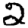
Digit: 2